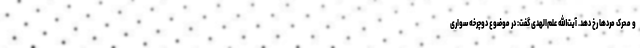
و محرّک مردها رخ دهد. آیت‌الله علم‌الهدی گفت: در موضوع دوچرخه سواری